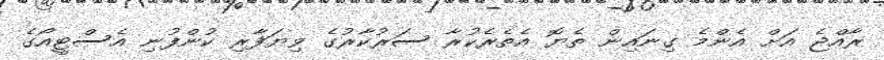
ރާއްޖެ އަށް އެންމެ ގިނައިން ތެޔޮ އެތެރެކުރާ ސަރުކާރުގެ ވިޔަފާރި ކުންފުނި އެސްޓީއޯގެ